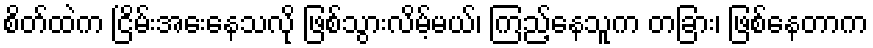
စိတ်ထဲက ငြိမ်းအေးနေသလို ဖြစ်သွားလိမ့်မယ်၊ ကြည့်နေသူက တခြား၊ ဖြစ်နေတာက